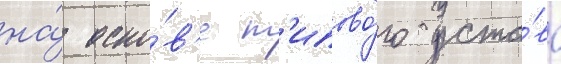
на́ осно́в'е т'ипово́го уста́ва